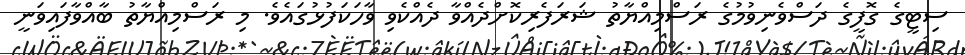
ސިޓީގެ ގޮފީގެ ދަސްވެނިވުމުގެ ރަސްމިއްޔާތު ޝަރަފެރިކޮށްދެއްވާ ދެއްކެވި ވާހަކަފުޅުގައެވެ. މި ރަސްމިއްޔާތު ބާއްވާފައިވަނީ